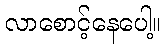
လာစောင့်နေပေါ့။